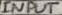
Text: INPUT